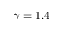
\gamma = 1 . 4